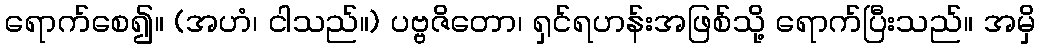
ရောက်စေ၍။ (အဟံ၊ ငါသည်။) ပဗ္ဗဇိတော၊ ရှင်ရဟန်းအဖြစ်သို့ ရောက်ပြီးသည်။ အမှိ